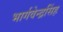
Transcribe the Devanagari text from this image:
भार्गवेन्द्रसिंह